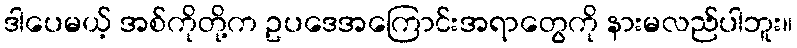
ဒါပေမယ့် အစ်ကိုတို့က ဥပဒေအကြောင်းအရာတွေကို နားမလည်ပါဘူး။